Report of the Indian Hemp Drugs Commission, 1894-1895 - Volume VIII
Year: 1894
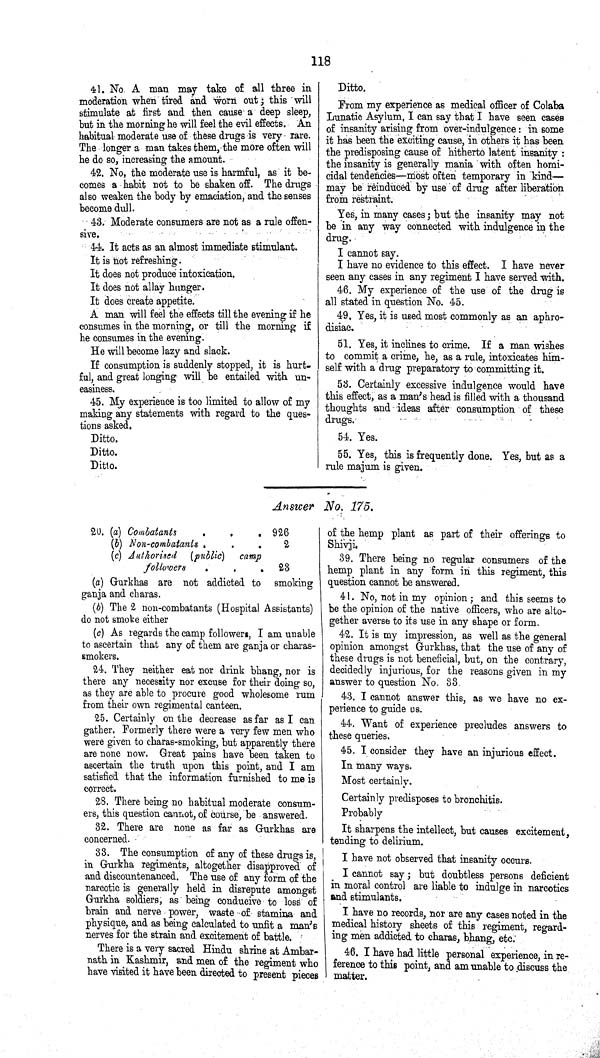
118
41. No A man may take of all three in
moderation when tired and worn out; this will
stimulate at first and then cause a deep sleep,
but in the morning he will feel the evil effects. An
habitual moderate use of these drugs is very rare.
The longer a man takes them, the more often will
he do so, increasing the amount.
42. No, the moderate use is harmful, as it be¬
comes a habit not to be shaken off. The drugs
also weaken the body by emaciation, and the senses
become dull.
43. Moderate consumers are not as a rule offen¬
sive.
44. It acts as an almost immediate stimulant.
It is not refreshing.
It does not produce intoxication.
It does not allay hunger.
It does create appetite.
A man will feel the effects till the evening if he
consumes in the morning, or till the morning if
he consumes in the evening.
He will become lazy and slack.
If consumption is suddenly stopped, it is hurt¬
ful, and great longing will be entailed with un¬
easiness.
45. My experience is too limited to allow of my
making any statements with regard to the ques¬
tions asked.
Ditto.
Ditto.
Ditto.
Ditto.
From my experience as medical officer of Colaba
Lunatic Asylum, I can say that I have seen cases
of insanity arising from over-indulgence: in some
it has been the exciting cause, in others it has been
the predisposing cause of hitherto latent insanity:
the insanity is generally mania with often homi¬
cidal tendencies—most often temporary in kind—
may be reinduced by use of drug after liberation
from restraint.
Yes, in many cases; but the insanity may not
be in any way connected with indulgence in the
drug.
I cannot say.
I have no evidence to this effect. I have never
seen any cases in any regiment I have served with.
46. My experience of the use of the drug is
all stated in question No. 45.
49. Yes, it is used most commonly as an aphro¬
disiac.
51. Yes, it inclines to crime. If a man wishes
to commit a crime, he, as a rule, intoxicates him¬
self with a drug preparatory to committing it.
53. Certainly excessive indulgence would have
this effect, as a man's head is filled with a thousand
thoughts and ideas after consumption of these
drugs.
54. Yes.
55. Yes, this is frequently done. Yes, but as a
rule majum is given.
Answer No. 175.
20. (a) Combatants
926
(b) Non-combatants
2
(c) Authorised (public) camp
followers
23
(a) Gurkhas are not addicted to smoking
ganja and charas.
(b) The 2 non-combatants (Hospital Assistants)
do not smoke either
(c) As regards the camp followers, I am unable
to ascertain that any of them are ganja or charas-
smokers.
24. They neither eat nor drink bhang, nor is
there any necessity nor excuse for their doing so,
as they are able to procure good wholesome rum
from their own regimental canteen.
25. Certainly on the decrease as far as I can
gather. Formerly there were a very few men who
were given to charas-smoking, but apparently there
are none now. Great pains have been taken to
ascertain the truth upon this point, and I am
satisfied that the information furnished to me is
correct.
25. There being no habitual moderate consum¬
ers, this question cannot, of course, be answered.
32. There are none as far as Gurkhas are
concerned.
33. The consumption of any of these drugs is,
in Gurkha regiments, altogether disapproved of
and discountenanced. The use of any form of the
narcotic is generally held in disrepute amongst
Gurkha soldiers, as being conducive to loss of
brain and nerve power, waste of stamina and
physique, and as being calculated to unfit a man's
nerves for the strain and excitement of battle.
There is a very sacred Hindu shrine at Ambar-
nath in Kashmir, and men of the regiment who
have visited it have been directed to present pieces
of the hemp plant as part of their offerings to
Shivji.
39. There being no regular consumers of the
hemp plant in any form in this regiment, this
question cannot be answered.
41. No, not in my opinion; and this seems to
be the opinion of the native officers, who are alto¬
gether averse to its use in any shape or form.
42. It is my impression, as well as the general
opinion amongst Gurkhas, that the use of any of
these drugs is not beneficial, but, on the contrary,
decidedly injurious, for the reasons given in my
answer to question No. 33.
43. I cannot answer this, as we have no ex¬
perience to guide us.
44. Want of experience precludes answers to
these queries.
45. I consider they have an injurious effect.
In many ways.
Most certainly.
Certainly predisposes to bronchitis.
Probably
It sharpens the intellect, but causes excitement,
tending to delirium.
I have not observed that insanity occurs.
I cannot say; but doubtless persons deficient
in moral control are liable to indulge in narcotics
and stimulants.
I have no records, nor are any cases noted in the
medical history sheets of this regiment, regard¬
ing men addicted to charas, bhang, etc.
46. I have had little personal experience, in re¬
ference to this point, and am unable to discuss the
matter.